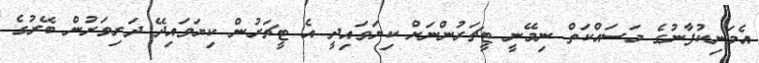
އެމަނިކުފާނުގެ މަސައްކަތް ނިމޭނީ ޓީޗަރުންނަށް ކިޔަވައިދީ އެ ޓީޗަރުން ކިޔަވައިދޭ ދަރިވަރުން ބޭރުގެ